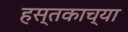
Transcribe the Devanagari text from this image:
हस्तकाच्या